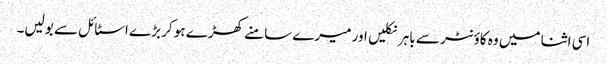
اسی اثنا میں وہ کاؤنٹر سے باہر نکلیں اور میرے سامنے کھڑے ہو کر بڑے اسٹائل سے بولیں۔